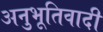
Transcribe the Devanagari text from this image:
अनुभूतिवादी